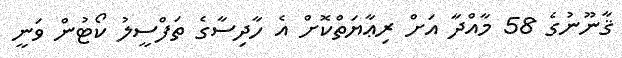
ޤާނޫނުގެ 58 މާއްދާ އަށް ރިޢާޔަތްކޮށް އެ ހާދިސާގެ ތަފްސީލު ކޯޓުން ވަނީ